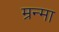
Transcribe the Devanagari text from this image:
म्रन्मा